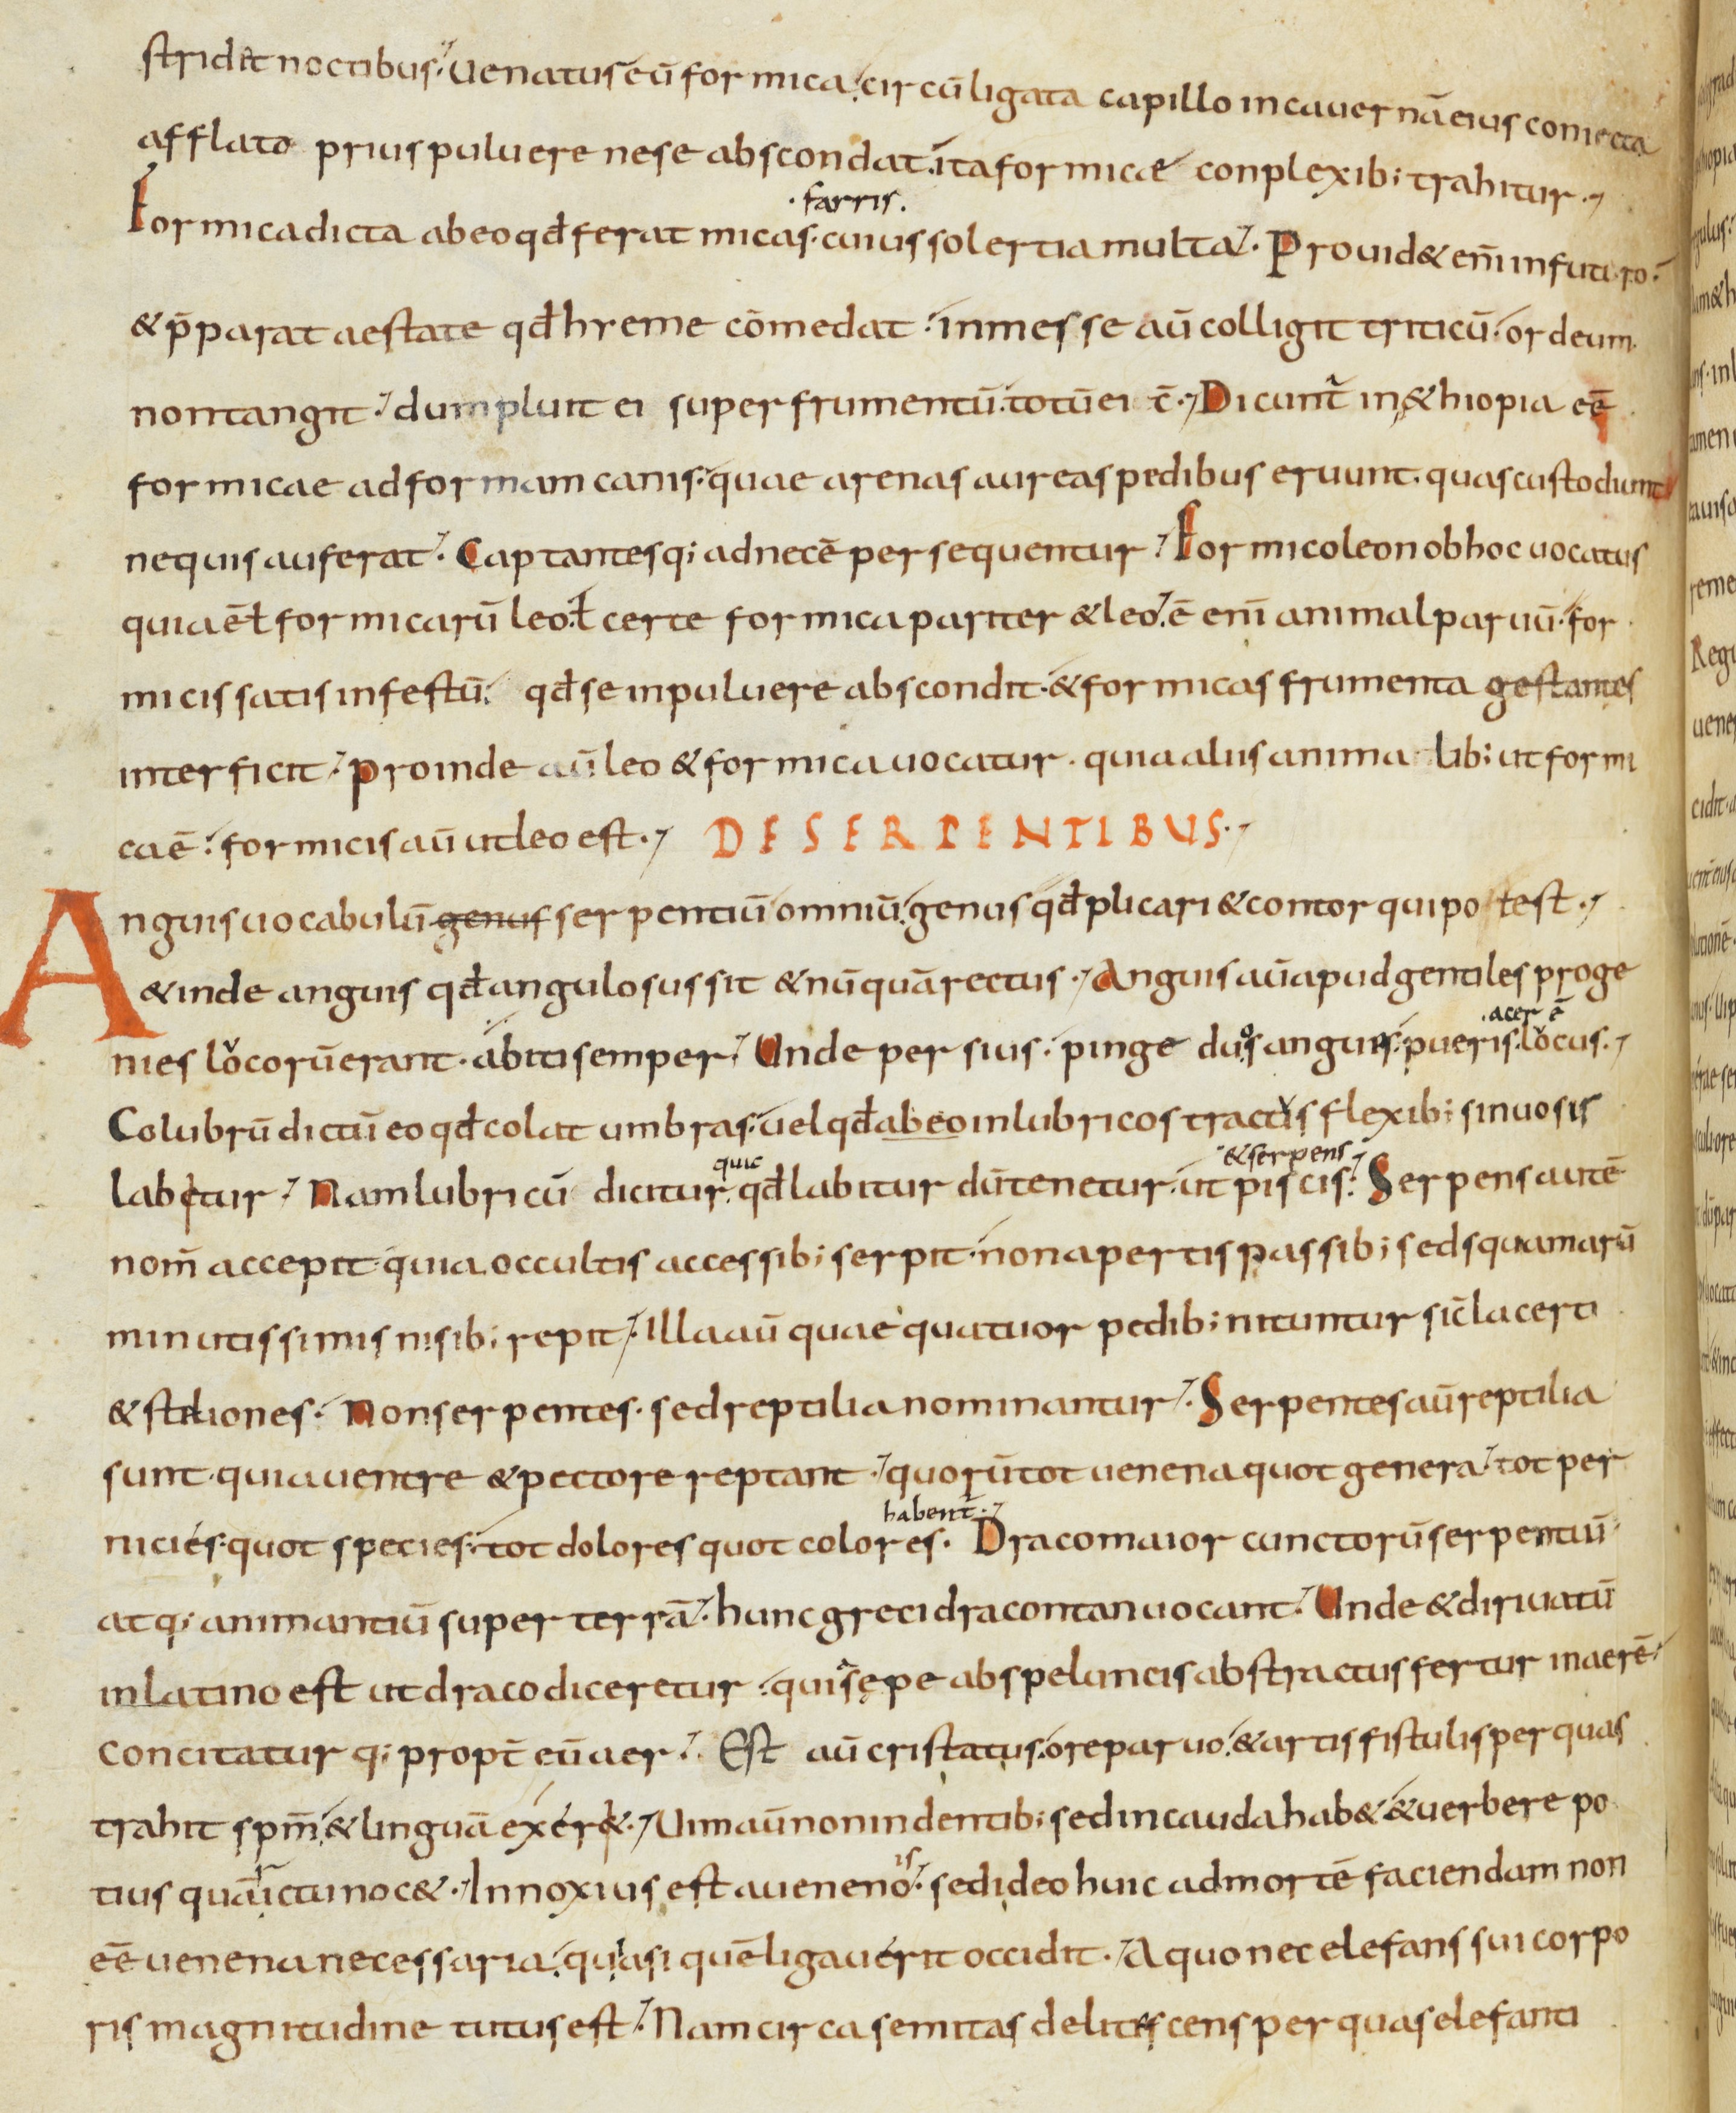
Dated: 833–865